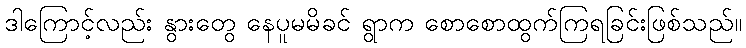
ဒါကြောင့်လည်း နွားတွေ နေပူမမိခင် ရွာက စောစောထွက်ကြရခြင်းဖြစ်သည်။